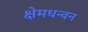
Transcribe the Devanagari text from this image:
क्षेमधन्वन